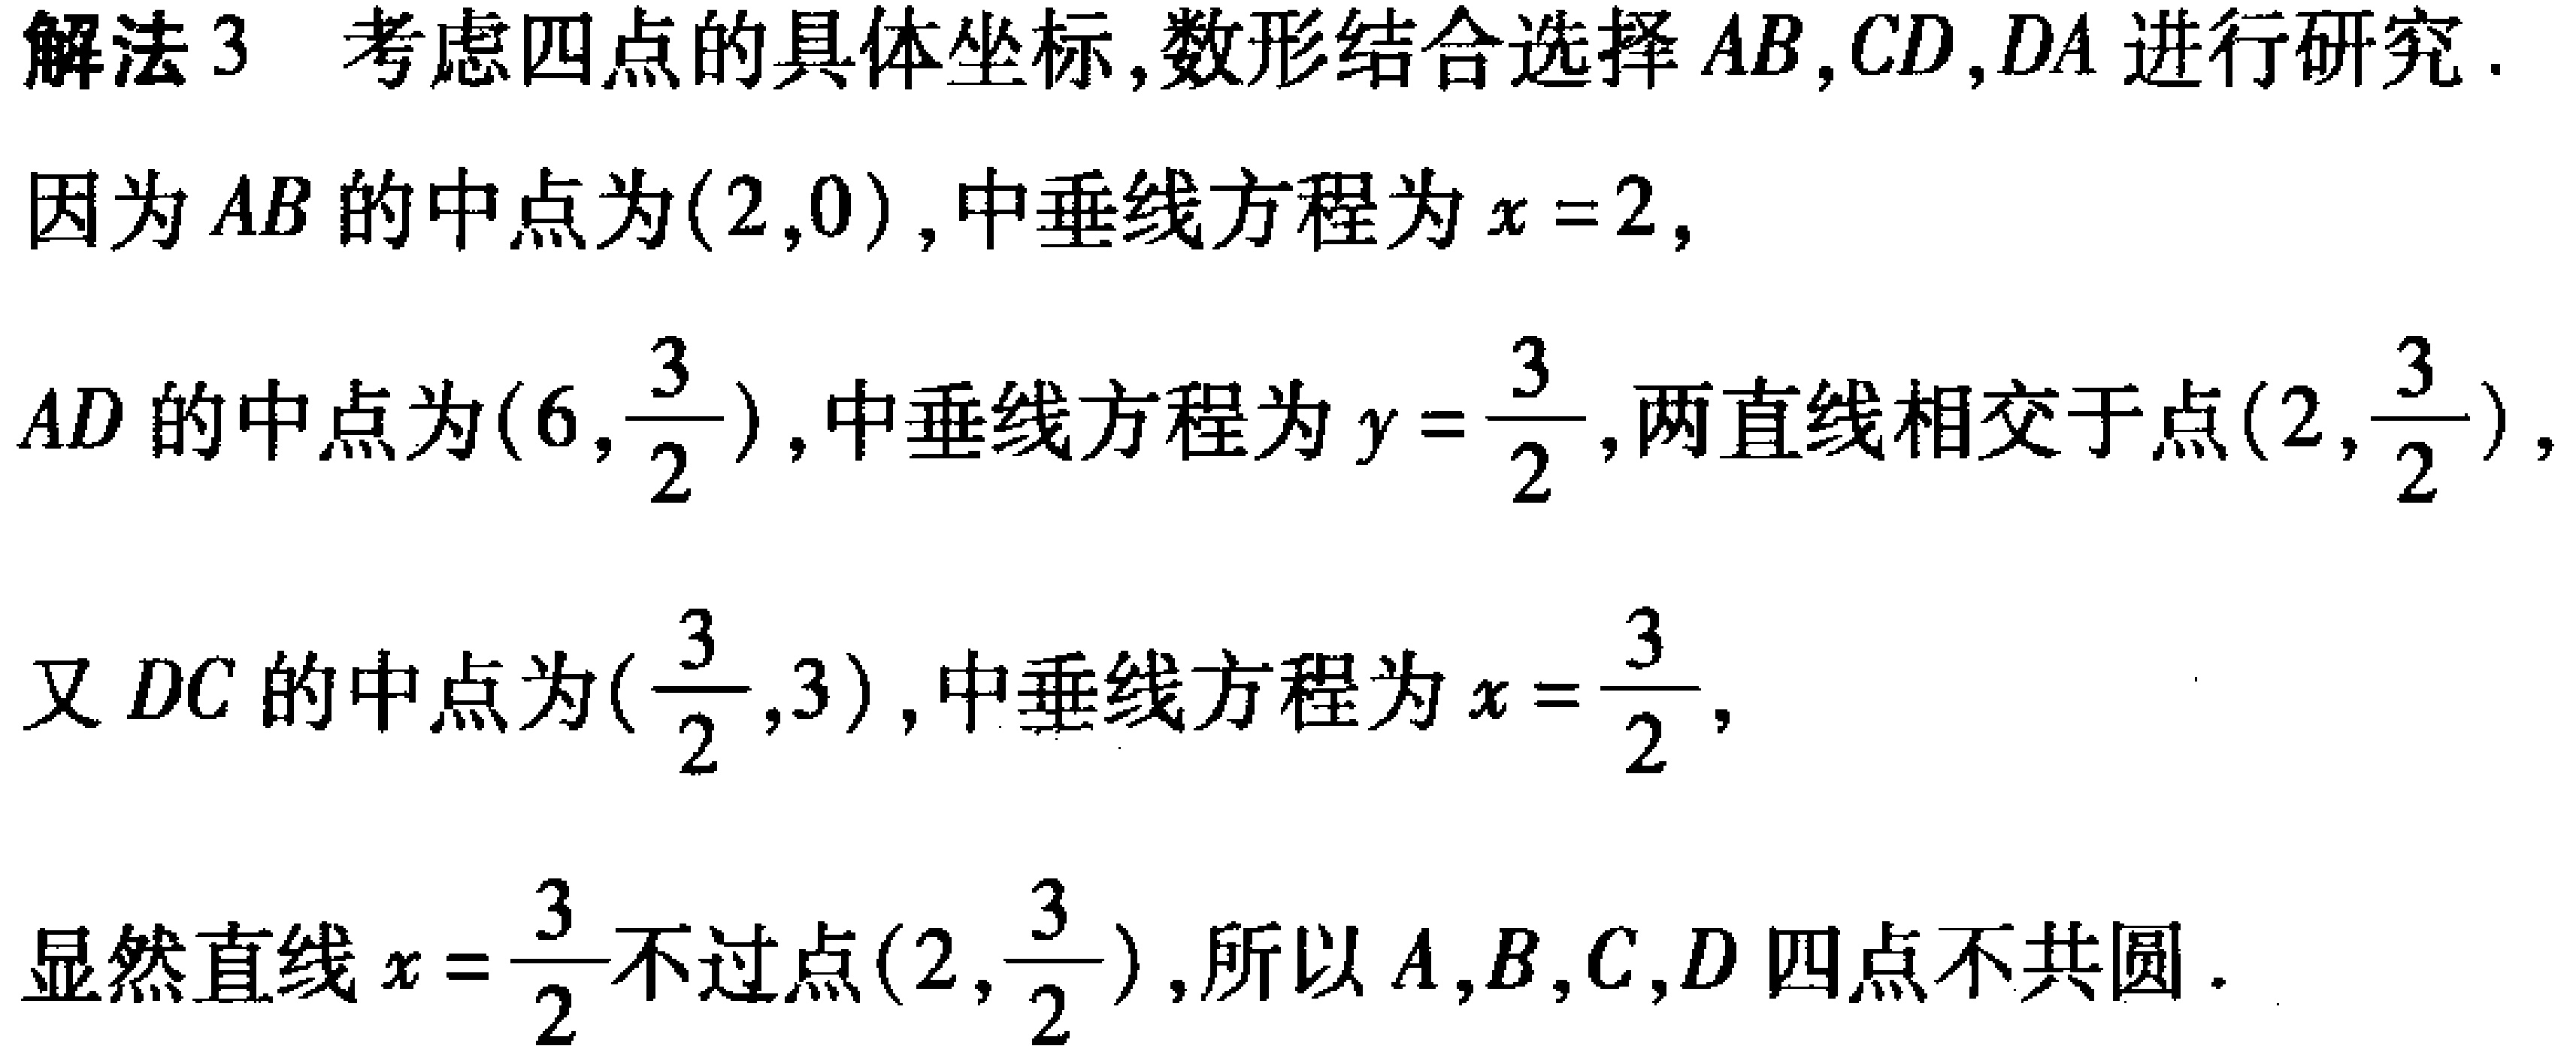
解法 3 考虑四点的具体坐标,数形结合选择 \(AB,CD,DA\) 进行研究.
因为 \(AB\) 的中点为\((2,0)\),中垂线方程为 \(x = 2\),
\(AD\) 的中点为\((6,\frac{3}{2})\),中垂线方程为 \(y = \frac{3}{2}\),两直线相交于点\((2,\frac{3}{2})\),
又 \(DC\) 的中点为\((\frac{3}{2},3)\),中垂线方程为 \(x = \frac{3}{2}\),
显然直线 \(x = \frac{3}{2}\)不过点\((2,\frac{3}{2})\),所以 \(A,B,C,D\) 四点不共圆.